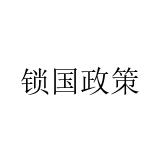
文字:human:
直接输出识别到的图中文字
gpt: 锁国政策